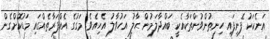
އަނެކަކު ފެނިފައި ހިނިތުންވުންތަކާއެކީ ބައްދާލަމުން ޙާލު އަހުވާލު އެހިއެވެ. މަގުގެ އެއްފަރާތެއްގައި މަޑުކޮށްގެން